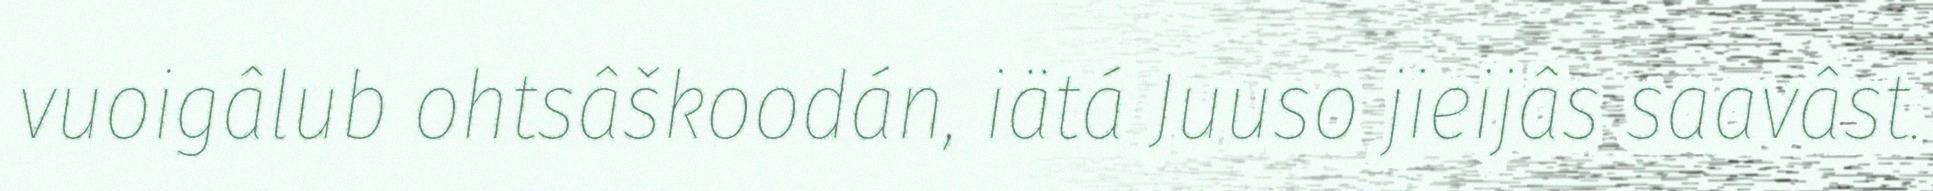
vuoigâlub ohtsâškoodán, iätá Juuso jieijâs saavâst.